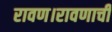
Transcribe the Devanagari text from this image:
रावण।रावणाची